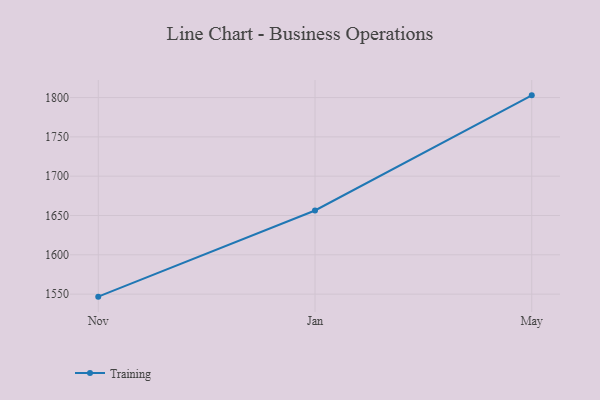
{"axis": {"x": "Month", "y": "Demand Index"}, "legend": ["Training"], "data": [{"x": "Nov", "y": 1546.8, "type": "Training"}, {"x": "Jan", "y": 1656.4, "type": "Training"}, {"x": "May", "y": 1802.8, "type": "Training"}]}